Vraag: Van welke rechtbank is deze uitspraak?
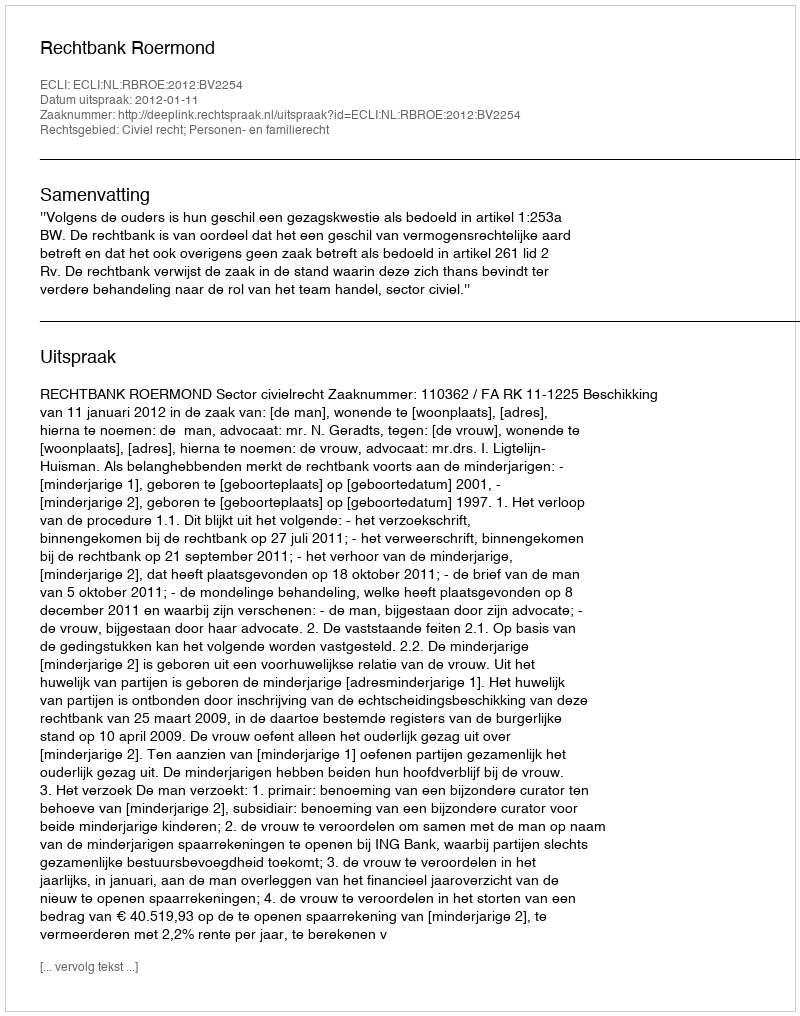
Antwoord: Rechtbank Roermond